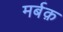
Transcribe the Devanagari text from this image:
मर्बक़